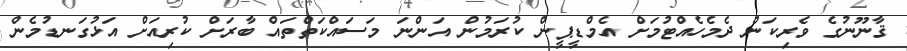
ޤާނޫނުގެ ވެރިކަން ދެމެހެއްޓުމަށް އެމްޑީޕީން ކުރަމުން އަންނަ މަސައްކަތްތައް ބާރަށް ކުރިއަށް އަޅުގަނޑުމެން